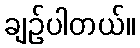
ချဉ်ပါတယ်။